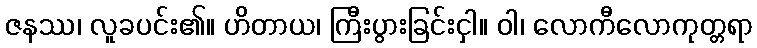
ဇနဿ၊ လူခပင်း၏။ ဟိတာယ၊ ကြီးပွားခြင်းငှါ။ ဝါ၊ လောကီလောကုတ္တရာ